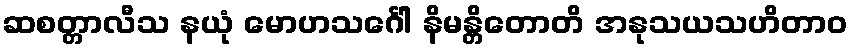
ဆစတ္တာလီသ နယုံ မောဟသင်္ဂေါ နိမန္တိတောတိ အနုသယသဟိတာဝ